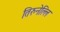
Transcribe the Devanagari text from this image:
तिरुनेल्लि